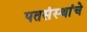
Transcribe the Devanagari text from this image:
पतसंस्थांचे